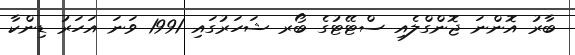
ބާރު އޮންނަ ޖޮންގްލެއި ސްޓޭޓުގެ ބޯރ ޝަހަރުގައި 1991 ވަނަ އަހަރު ޑިންކާ